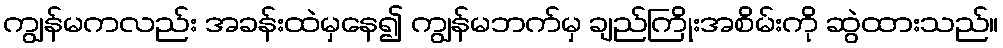
ကျွန်မကလည်း အခန်းထဲမှနေ၍ ကျွန်မဘက်မှ ချည်ကြိုးအစိမ်းကို ဆွဲထားသည်။